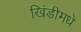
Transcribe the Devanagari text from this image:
खिंडीमधे